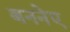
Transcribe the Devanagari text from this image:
बननेए